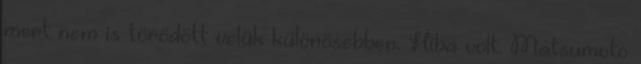
mert nem is törődött velük különösebben. Hiba volt. Matsumoto